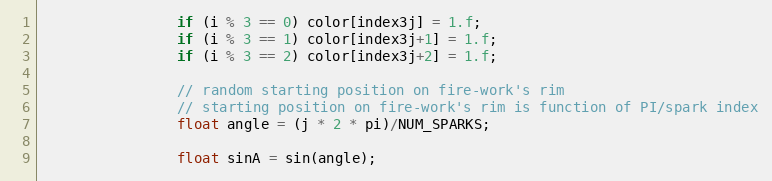
Language: C++
                if (i % 3 == 0) color[index3j] = 1.f;
                if (i % 3 == 1) color[index3j+1] = 1.f;
                if (i % 3 == 2) color[index3j+2] = 1.f;

                // random starting position on fire-work's rim
                // starting position on fire-work's rim is function of PI/spark index
                float angle = (j * 2 * pi)/NUM_SPARKS;

                float sinA = sin(angle);